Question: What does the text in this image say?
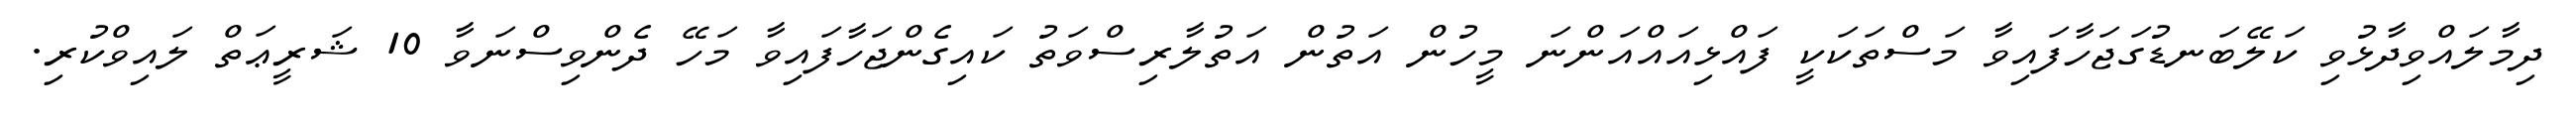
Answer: ދިމާލައްވިދާޅުވި ކަލޭބަނޑުގަޖަހާފައިވާ މަސްތަކަކީ ފައްޅިއައްއަންނަ މީހުން އަތުން އަތުލާރިސްވަތު ކައިގެންޖަހާފައިވާ މަހޭ ދެންވިސްނަވާ 10 ޝަރީޢަތް ލައިވްކުރި.